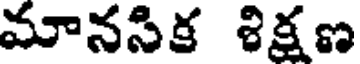
మానసిక శిక్షణ